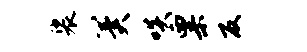
裟冀啖粟反